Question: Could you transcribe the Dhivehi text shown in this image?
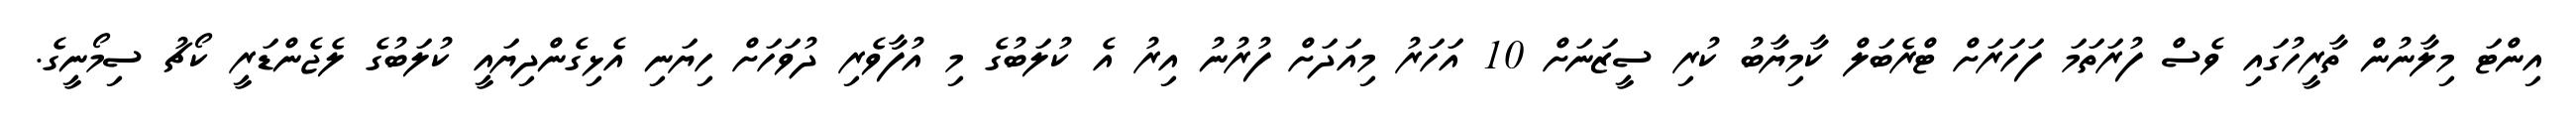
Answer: އިންޓަ މިލާނުން ތާރީހުގައި ވެސް ފުރަތަމަ ފަހަރަށް ޓްރެބަލް ކާމިޔާބު ކުރި ސީޒަނަށް 10 އަހަރު މިއަދަށް ފުރުނު އިރު އެ ކުލަބުގެ މި އުފާވެރި ދުވަހަށް ހިޔަނި އެޅިގެންދިޔައީ ކުލަބުގެ ލެޖެންޑަރީ ކޯޗު ސިމޯނީގެ.